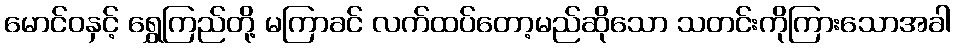
မောင်ဝနှင့် ရွှေကြည်တို့ မကြာခင် လက်ထပ်တော့မည်ဆိုသော သတင်းကိုကြားသောအခါ